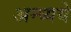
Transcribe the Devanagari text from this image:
अन्व्यये